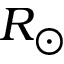
R _ { \odot }